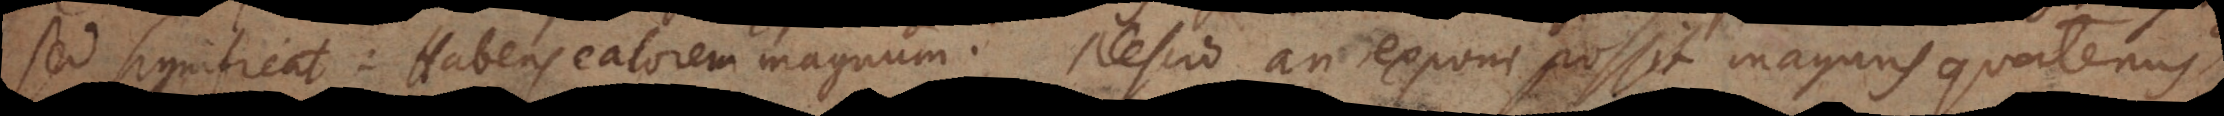
sed significat: Habens calorem magnum. Nescio an exponi possit magnus quatenus